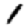
Digit: 1